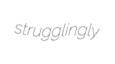
strugglingly